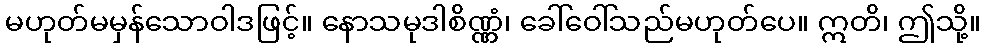
မဟုတ်မမှန်သောဝါဒဖြင့်။ နောသမုဒါစိဏ္ဏံ၊ ခေါ်ဝေါ်သည်မဟုတ်ပေ။ ဣတိ၊ ဤသို့။